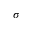
\sigma